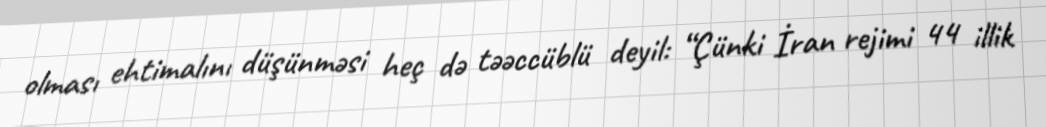
olması ehtimalını düşünməsi heç də təəccüblü deyil: “Çünki İran rejimi 44 illik